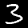
Label: 3